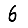
Digit: 6